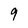
Character: 9